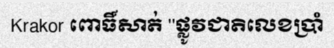
Krakor ពោធិ៍សាត់ ''ផ្លូវជាតិលេខប្រាំ